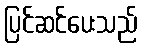
ပြင်ဆင်ပေးသည်